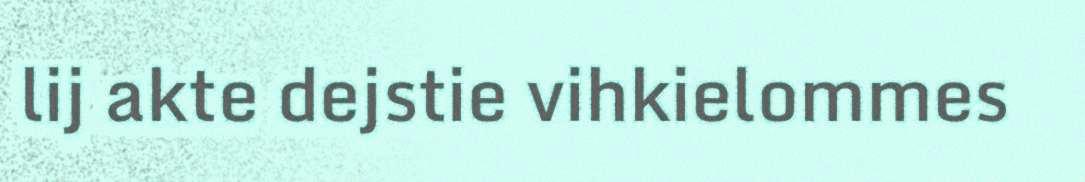
lij akte dejstie vihkielommes